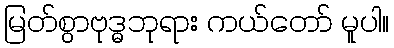
မြတ်စွာဗုဒ္ဓဘုရား ကယ်တော် မူပါ။